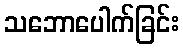
သဘောပေါက်ခြင်း